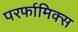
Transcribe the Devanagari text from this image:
परर्फामिक्स